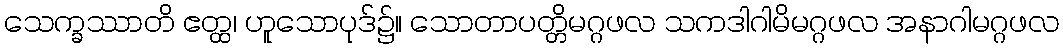
သေက္ခဿာတိ ဧတ္ထ၊ ဟူသောပုဒ်၌။ သောတာပတ္တိမဂ္ဂဖလ သကဒါဂါမိမဂ္ဂဖလ အနာဂါမဂ္ဂဖလ